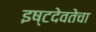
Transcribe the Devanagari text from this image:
इष्टदेवतेचा